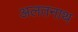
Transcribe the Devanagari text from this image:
अलतनाथ